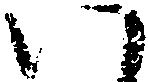
い